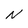
Character: N